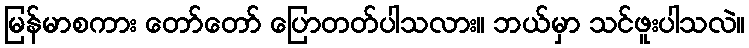
မြန်မာစကား တော်တော် ပြောတတ်ပါသလား။ ဘယ်မှာ သင်ဖူးပါသလဲ။